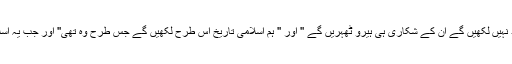
یہ وہ ڈراما ہے جس کے بارے میں رجب طیب اردگان نے کہا ''جب تک شیر اپنی تاریخ خود نہیں لکھیں گے ان کے شکاری ہی ہیرو ٹھہریں گے '' اور '' ہم اسلامی تاریخ اس طرح لکھیں گے جس طرح وہ تھی'' اور جب یہ اسلامی تاریخ ارطغرل نامی ڈرامے کے ذریعے دنیا کو دکھائی تو لوگ اسلام قبول کرنے لگے۔